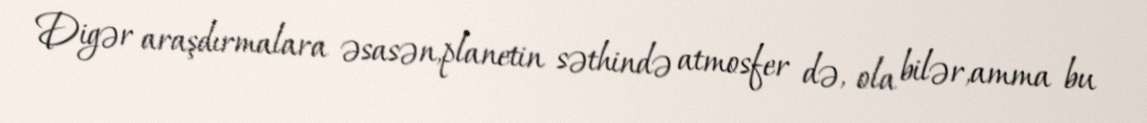
Digər araşdırmalara əsasən,planetin səthində atmosfer də, ola bilər,amma bu